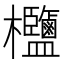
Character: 𣡶